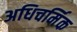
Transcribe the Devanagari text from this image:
अधिचर्मिक